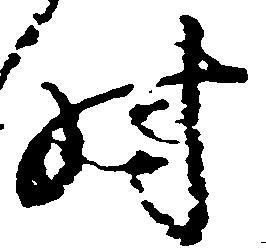
時